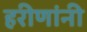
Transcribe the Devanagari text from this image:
हरीणांनी